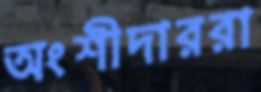
অংশীদাররা